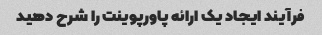
فرآیند ایجاد یک ارائه پاورپوینت را شرح دهید